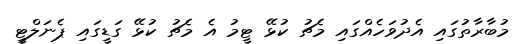
މުބާރާތުގައި އެދުވަހެއްގައި މެޗު ކުޅޭ ޓީމުު އެ މެޗު ކުޅޭ ގަޑީގައި ޕެނަލްޓީ